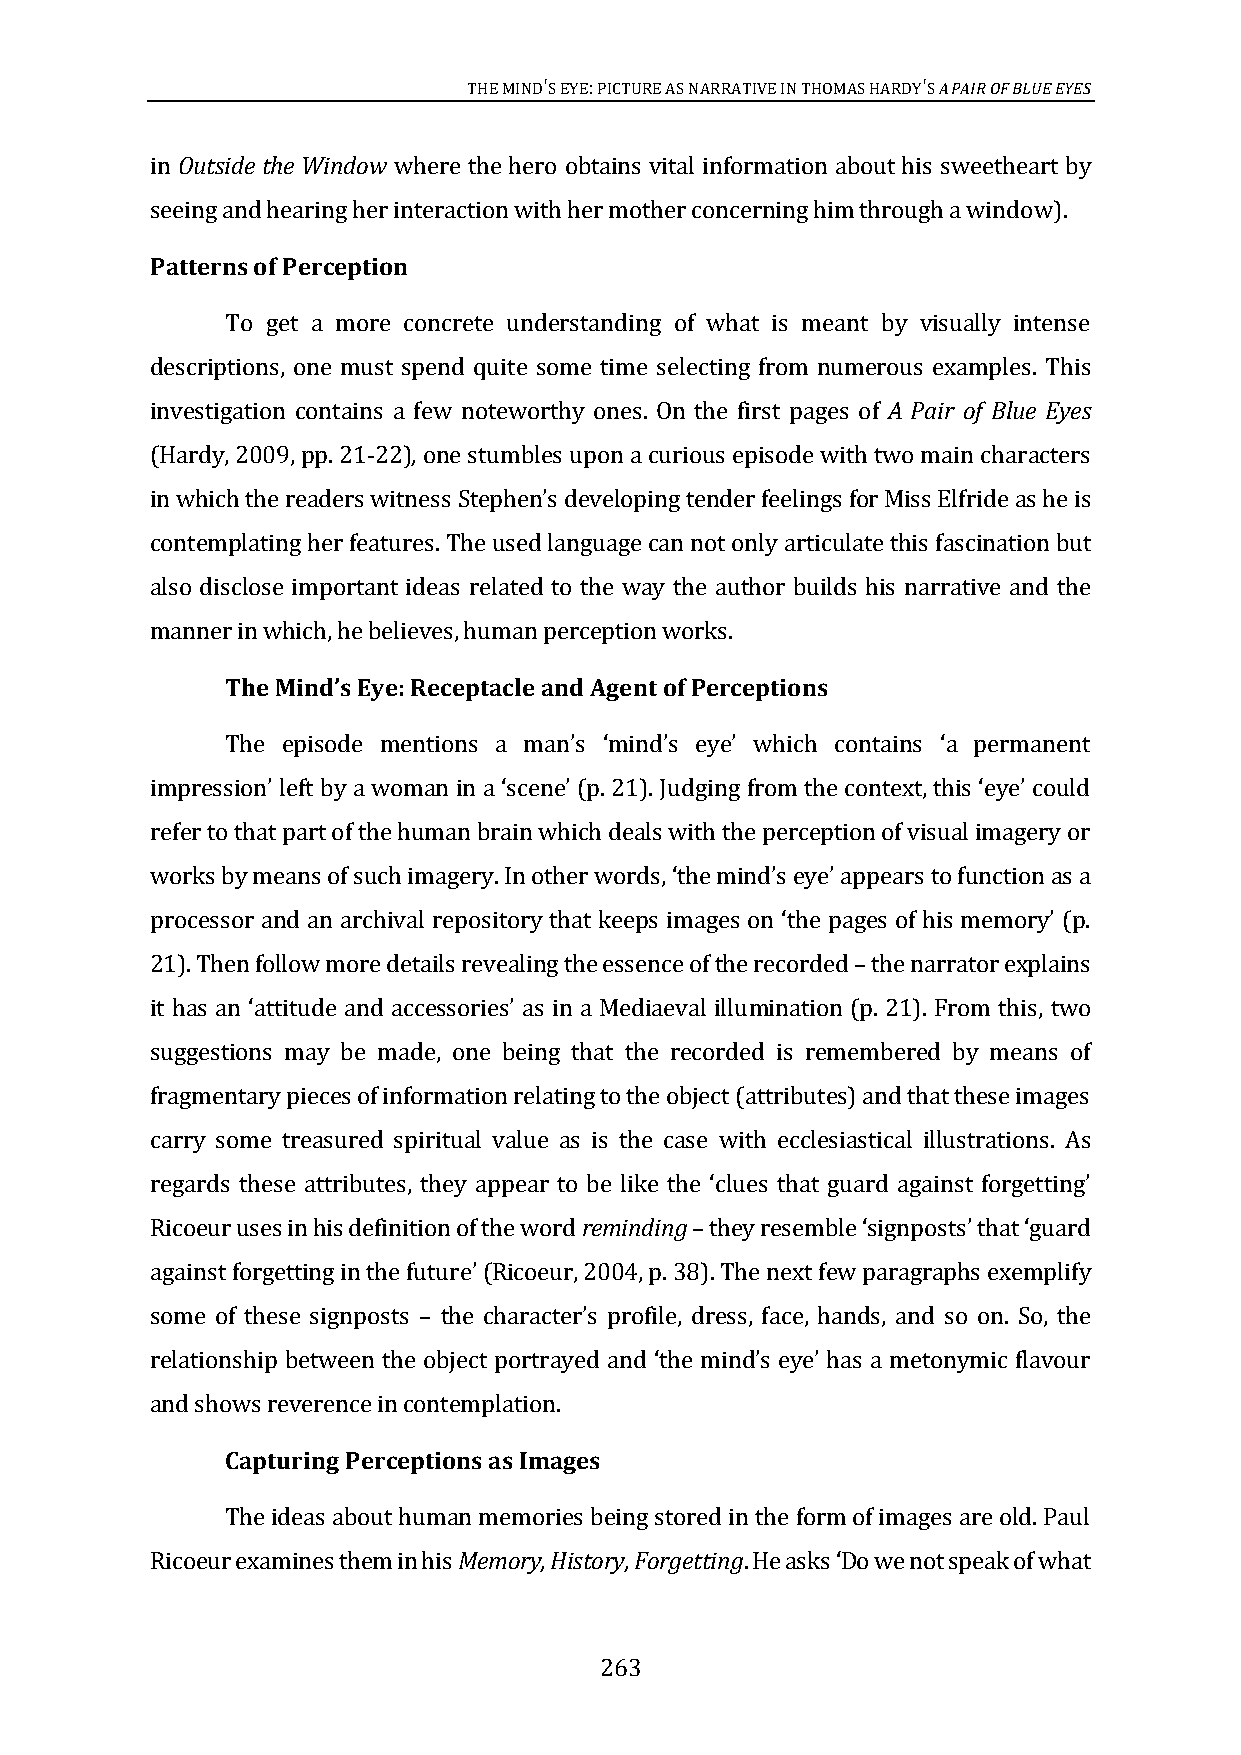
THE MIND'S EYE: PICTURE AS NARRATIVE IN THOMAS HARDY'S A PAIR OF BLUE EYES
 in Outside the Window where the hero obtains vital information about his sweetheart by
 seeing and hearing her interaction with her mother concerning him through a window).
 Patterns of Perception
 To get a more concrete understanding of what is meant by visually intense
 descriptions, one must spend quite some time selecting from numerous examples. This
 investigation contains a few                     A Pair of Blue Eyes
 (Hardy, 2009, pp. 21-22), one stumbles upon a curious episode with two main characters
 noteworthy ones. Оn the first pages of
 as he is
 contemplating her features. The used language can not only articulate this fascination but
 in which the readers witness Stephen’s developing tender feelings for Miss Elfride
 also disclose important ideas related to the way the author builds his narrative and the
 manner in which, he believes, human perception works.
 The Mind’s Eye: Receptacle and Agent of Perceptions
 i
 The episode mentions a man’s ‘mind’s eye’ which contains ‘a permanent
 refer to that part of the human brain which deals with the perception of visual imagery or
 mpression’ left by a woman in a ‘scene’ (p. 21). Judging from the context, this ‘eye’ could
 to function as a
 works by means of such imagery. In other words, ‘the mind’s eye’ appears
 21). Then follow more details revealing the essence of the recorded the narrator explains
 processor and an archival repository that keeps images on ‘the pages of his memory’ (p.
 mination (p. 21). From this, two
 –
 suggestions may be made, one being that the recorded is remembered by means of
 it has an ‘attitude and accessories’ as in a Mediaeval illu
 fragmentary pieces of information relating to the object (attributes) and that these images
 carry some treasured spiritual value as is the case with ecclesiastical illustrations. As
 Ricoeur uses in his definition of the word reminding
 regards these attributes, they appear to be like the ‘clues that guard against forgetting’
 (Ricoeur, 2004, p. 38). The next few paragraphs exemplify
 –they resemble ‘signposts’ that ‘guard
 some of these signposts
 against forgetting in the future’
 – the character’s profile, dress, face, hands, and so on. So, the
 and shows reverence in contemplation.
 relationship between the object portrayed and ‘the mind’s eye’ has a metonymic flavour
 Capturing Perceptions as Images
 The ideas about human memories being stored in the form of images are old. Paul
 Ricoeur examines them in his Memory, History, Forgetting. He asks Do we not speak of what
 ‘
 263